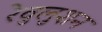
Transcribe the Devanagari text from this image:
रेवुलुशन